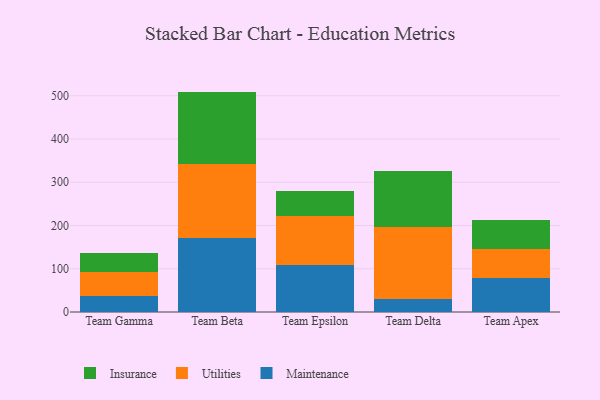
{"axis": {"x": "Team", "y": "Humidity (%)"}, "legend": ["Insurance", "Maintenance", "Utilities"], "data": [{"x": "Team Gamma", "y": 36.4, "type": "Maintenance"}, {"x": "Team Gamma", "y": 56.0, "type": "Utilities"}, {"x": "Team Gamma", "y": 44.2, "type": "Insurance"}, {"x": "Team Beta", "y": 170.4, "type": "Maintenance"}, {"x": "Team Beta", "y": 172.7, "type": "Utilities"}, {"x": "Team Beta", "y": 166.5, "type": "Insurance"}, {"x": "Team Epsilon", "y": 108.8, "type": "Maintenance"}, {"x": "Team Epsilon", "y": 113.8, "type": "Utilities"}, {"x": "Team Epsilon", "y": 56.6, "type": "Insurance"}, {"x": "Team Delta", "y": 29.9, "type": "Maintenance"}, {"x": "Team Delta", "y": 166.2, "type": "Utilities"}, {"x": "Team Delta", "y": 130.4, "type": "Insurance"}, {"x": "Team Apex", "y": 79.2, "type": "Maintenance"}, {"x": "Team Apex", "y": 67.0, "type": "Utilities"}, {"x": "Team Apex", "y": 67.4, "type": "Insurance"}]}